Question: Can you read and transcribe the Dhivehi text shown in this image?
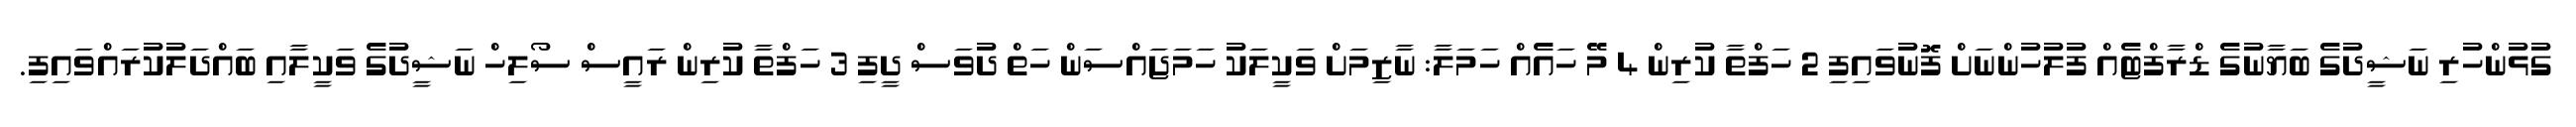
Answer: ގުޅުންހުރި ނަޝީދުގެ ބަޔާނުގެ ޑްރާފްޓެއް ފުލުހުންނަށް ފޮނުވައިފި 2 ހަފްތާ ކުރިން 4 މޭ ހައެއް ހަމަލާ: ނާޒިމަށް ވަކީލަކު ހަމަޖައްސަން ހަތް ދުވަސް ދީފި 3 ހަފްތާ ކުރިން ރައީސް ސޯލިހް ނަޝީދުގެ ވަކީލާއި ބައްދަލުކުރައްވައިފި.